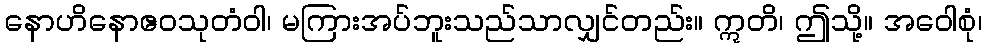
နောဟိနောဧဝသုတံဝါ၊ မကြားအပ်ဘူးသည်သာလျှင်တည်း။ ဣတိ၊ ဤသို့။ အဝေါစုံ၊